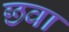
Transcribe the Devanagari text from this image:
छवा